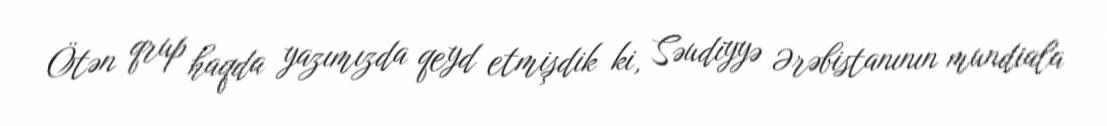
Ötən qrup haqda yazımızda qeyd etmişdik ki, Səudiyyə Ərəbistanının mundiala